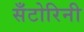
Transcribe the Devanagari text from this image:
सँटोरिनी